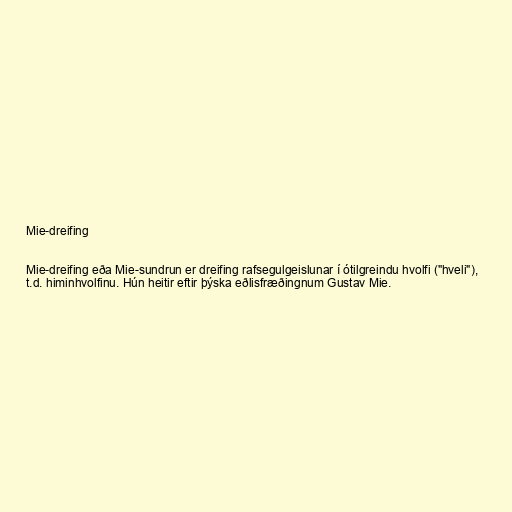
Mie-dreifing

Mie-dreifing eða Mie-sundrun er dreifing rafsegulgeislunar í ótilgreindu hvolfi ("hveli"),
t.d. himinhvolfinu. Hún heitir eftir þýska eðlisfræðingnum Gustav Mie.